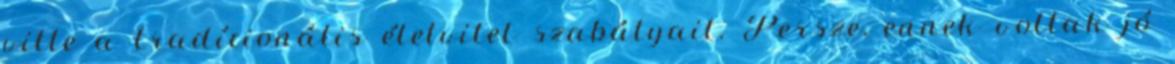
vitte a tradícionális életvitel szabályait. Persze, ennek voltak jó